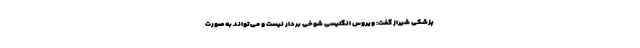
پزشکی شیراز گفت: ویروس انگلیسی شوخی بردار نیست و می‌تواند به صورت